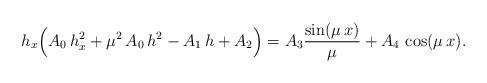
LaTeX: \begin{align*}h_x\Big(A_0\,h_x^2+\mu^2\,A_0\,h^2-A_1\,h+A_2\Big)=A_3\frac{\sin(\mu\,x)}{\mu}+A_4\,\cos(\mu\,x).\end{align*}